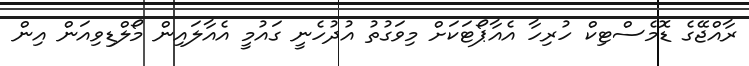
ރާއްޖޭގެ ޑޮމެސްޓިކް ހުރިހާ އެއާޕޯޓަކަށް މިވަގުތު އުދުހެނީ ގައުމީ އެއާލައިން މޯލްޑިވިއަން އިން